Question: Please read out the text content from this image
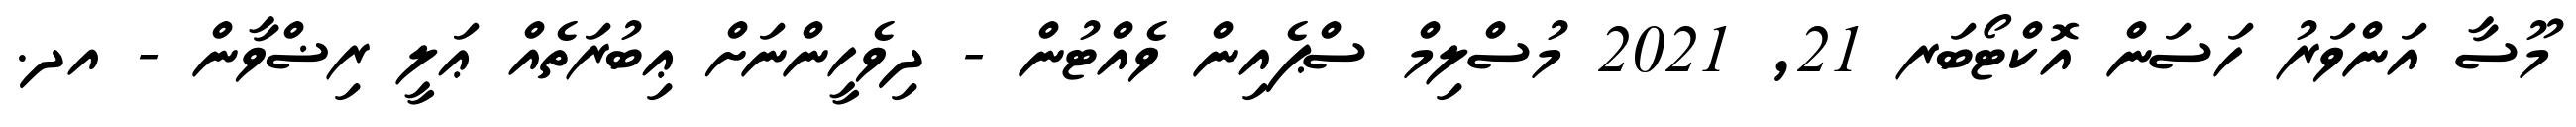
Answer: މޫސާ އަންވަރު ހަސަން އޮކްޓޯބަރ 21, 2021 މުސްލިމް ސްޕެއިން ވެއްޓުން - ދިވެހީންނަށް ޢިބުރަތެއް ޢަލީ ރިޟްވާން - އދ.